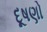
દૂષણો